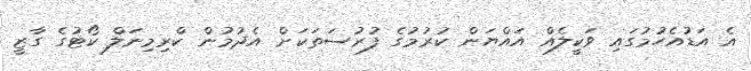
އެ އަޑުއެހުމުގައި ވަކީލެއް އައްޔަން ކުރުމުގެ ފުރުސަތަކަށް އެދުމުން ކްރިމިނަލް ކޯޓުގެ ގާޒީ